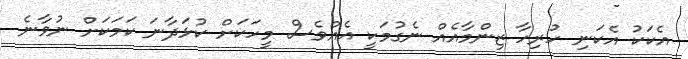
އެކަކު އެކަނި ހުރިހާ ޒިންމާއެއް ނެގުމަކީ އެއްވެސް މީހަކަށް ކުޅަދާނަ ކަމަކަށް ނުވާނެ